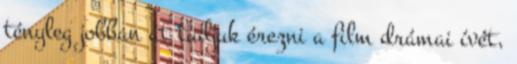
tényleg jobban át tudjuk érezni a film drámai ívét,